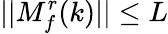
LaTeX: \lvert|M_{f}^{r}(k)\rvert|\leq L